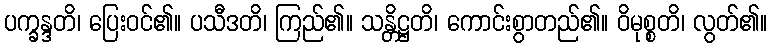
ပက္ခန္ဒတိ၊ ပြေးဝင်၏။ ပသီဒတိ၊ ကြည်၏။ သန္တိဋ္ဌတိ၊ ကောင်းစွာတည်၏။ ဝိမုစ္စတိ၊ လွတ်၏။